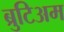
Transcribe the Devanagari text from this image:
ब्रुटिअम